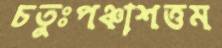
চতুঃপঞ্চাশত্তম